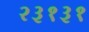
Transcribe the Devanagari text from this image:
२३१३१